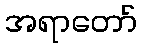
အရာတော်